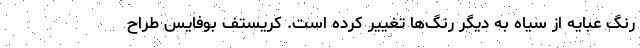
رنگ عبایه از سیاه به دیگر رنگ‌ها تغییر کرده است. کریستف بوفایس طراح